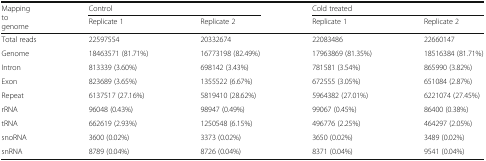
<table><thead><tr><td rowspan="2"><b>Mapping to genome</b></td><td colspan="2"><b>Control</b></td><td colspan="2"><b>Cold treated</b></td></tr><tr><td><b>Replicate 1</b></td><td><b>Replicate 2</b></td><td><b>Replicate 1</b></td><td><b>Replicate 2</b></td></tr></thead><tbody><tr><td>Total reads</td><td>22597554</td><td>20332674</td><td>22083486</td><td>22660147</td></tr><tr><td>Genome</td><td>18463571 (81.71%)</td><td>16773198 (82.49%)</td><td>17963869 (81.35%)</td><td>18516384 (81.71%)</td></tr><tr><td>Intron</td><td>813339 (3.60%)</td><td>698142 (3.43%)</td><td>781581 (3.54%)</td><td>865990 (3.82%)</td></tr><tr><td>Exon</td><td>823689 (3.65%)</td><td>1355522 (6.67%)</td><td>672555 (3.05%)</td><td>651084 (2.87%)</td></tr><tr><td>Repeat</td><td>6137517 (27.16%)</td><td>5819410 (28.62%)</td><td>5964382 (27.01%)</td><td>6221074 (27.45%)</td></tr><tr><td>rRNA</td><td>96048 (0.43%)</td><td>98947 (0.49%)</td><td>99067 (0.45%)</td><td>86400 (0.38%)</td></tr><tr><td>tRNA</td><td>662619 (2.93%)</td><td>1250548 (6.15%)</td><td>496776 (2.25%)</td><td>464297 (2.05%)</td></tr><tr><td>snoRNA</td><td>3600 (0.02%)</td><td>3373 (0.02%)</td><td>3650 (0.02%)</td><td>3489 (0.02%)</td></tr><tr><td>snRNA</td><td>8789 (0.04%)</td><td>8726 (0.04%)</td><td>8371 (0.04%)</td><td>9541 (0.04%)</td></tr></tbody></table>